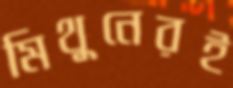
মিথুনেরই